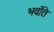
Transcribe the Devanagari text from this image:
भवंति